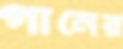
গানের